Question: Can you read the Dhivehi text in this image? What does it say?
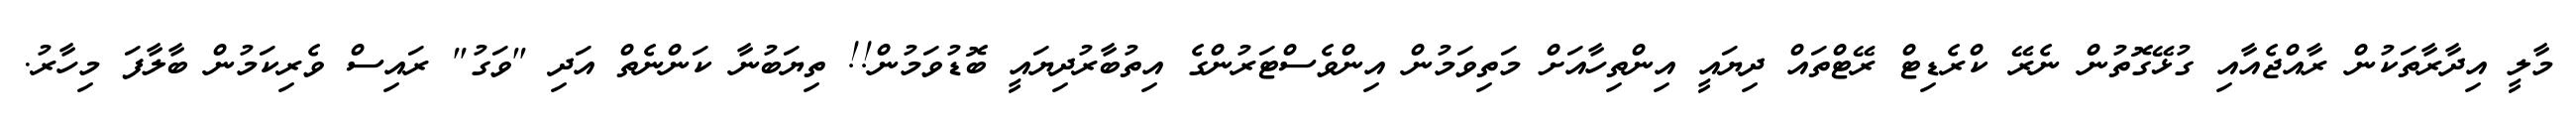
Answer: މާލީ އިދާރާތަކުން ރާއްޖެއާއި ގުޅޭގޮތުން ނެރޭ ކްރެޑިޓް ރޭޓްތައް ދިޔައީ އިންތިހާއަށް މަތިވަމުން އިންވެސްޓަރުންގެ އިތުބާރުދިޔައީ ބޮޑުވަމުން!! ތިޔަބުނާ ކަންނެތް އަދި "ވަގު" ރައިސް ވެރިކަމުން ބާލާފަ މިހާރު.